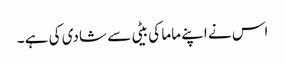
اس نے اپنے ماما کی بیٹی سے شادی کی ہے ۔